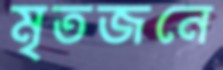
মৃতজনে